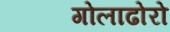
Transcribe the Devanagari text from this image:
गोलाढोरो